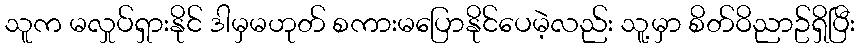
သူက မလှုပ်ရှားနိုင် ဒါမှမဟုတ် စကားမပြောနိုင်ပေမဲ့လည်း သူ့မှာ စိတ်ဝိညာဥ်ရှိပြီး